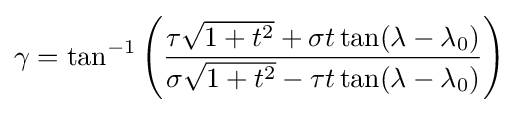
\gamma =\tan ^{-1}\left({\frac {\tau {\sqrt {1+t^{2}}}+\sigma t\tan(\lambda -\lambda _{0})}{\sigma {\sqrt {1+t^{2}}}-\tau t\tan(\lambda -\lambda _{0})}}\right)